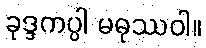
ခုဒ္ဒကပ္ပါ မဓုဿဝါ။